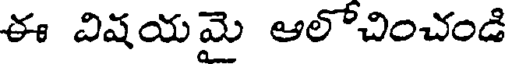
ఈ విషయమై ఆలోచించండి